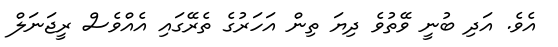
އެވެ. އަދި ބުނީ ވޭތުވެ ދިޔަ ތިން އަހަރުގެ ތެރޭގައި އެއްވެސް ރީޖަނަލް